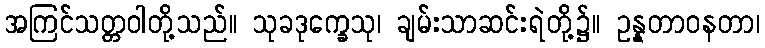
အကြင်သတ္တဝါတို့သည်။ သုခဒုက္ခေသု၊ ချမ်းသာဆင်းရဲတို့၌။ ဥန္နတာဝနတာ၊